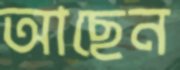
আছেন